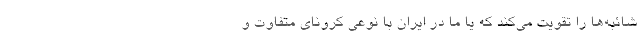
شائبه‌ها را تقویت می‌کند که یا ما در ایران با نوعی کرونای متفاوت و